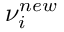
\nu _ { i } ^ { n e w }